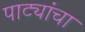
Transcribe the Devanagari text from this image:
पाट्यांचा